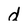
Character: d